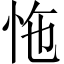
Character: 𢘬